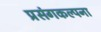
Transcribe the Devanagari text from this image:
प्रसंगकल्पना